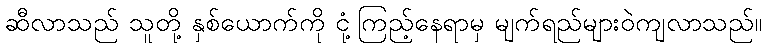
ဆီလာသည် သူတို့ နှစ်ယောက်ကို ငုံ့ကြည့်နေရာမှ မျက်ရည်များဝဲကျလာသည်။